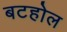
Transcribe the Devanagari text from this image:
बटहोल